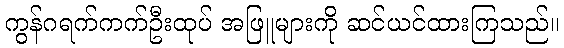
ကွန်ဂရက်ကက်ဦးထုပ် အဖြူများကို ဆင်ယင်ထားကြသည်။